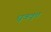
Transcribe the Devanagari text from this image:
धृववृत्त